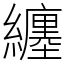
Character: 纏